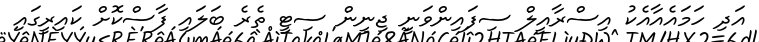
އަދި ހަމައެއާއެކު އިސްރާއީލް ސިފައިންވަނީ ޖިނީން ސިޓީ ތެރެ ބަލައި ފާސްކޮށް ކައިރީގައި